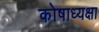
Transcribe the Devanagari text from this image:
कोषाध्यक्षा